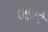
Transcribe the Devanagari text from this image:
धाइयो